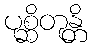
ပုစ္ဆိတုန္တိ